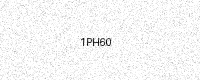
Text: 1PH60